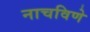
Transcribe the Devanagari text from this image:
नाचविणे